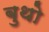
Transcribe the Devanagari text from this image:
बुथो